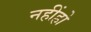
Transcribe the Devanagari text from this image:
नहींहो